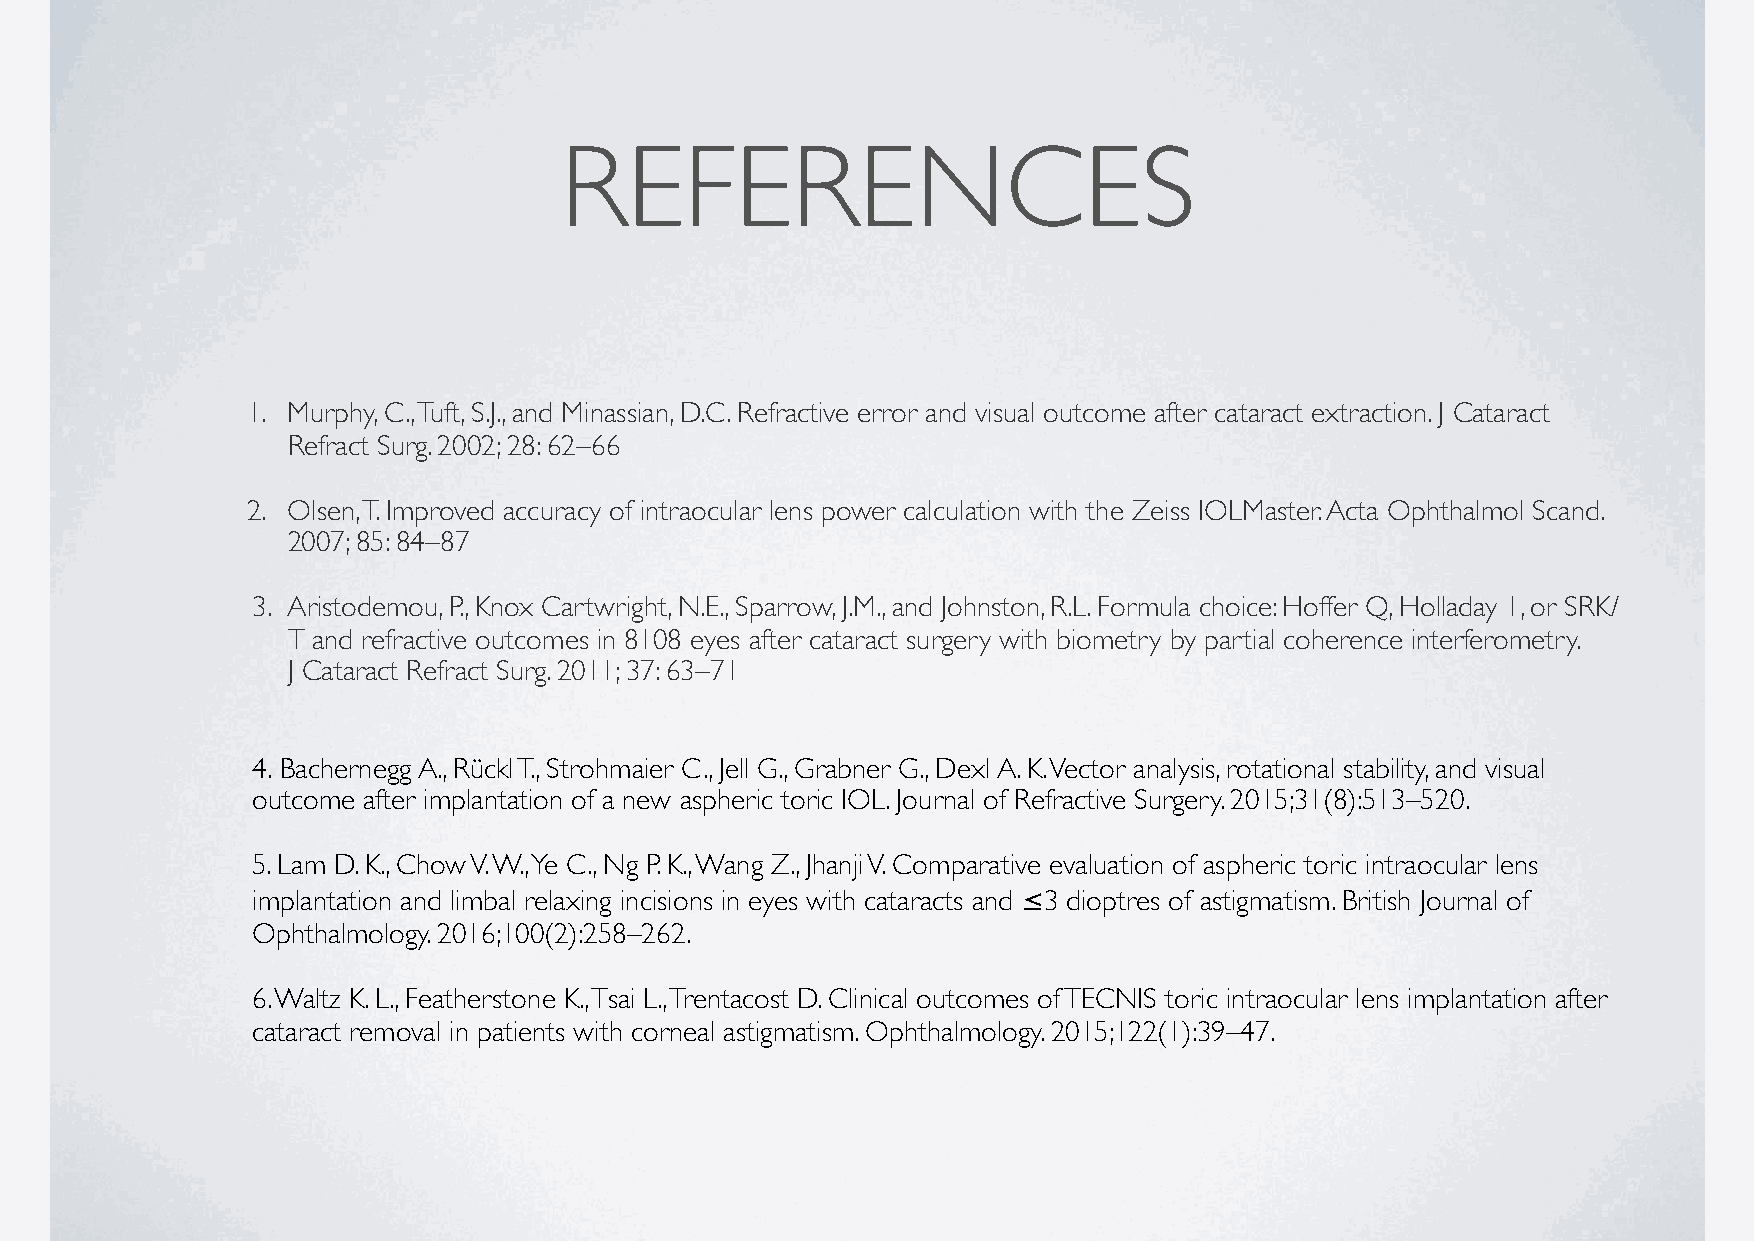
REFERENCES
 1. Murphy, C., Tuft, S.J., and Minassian, D.C. Refractive error and visual outcome after cataract extraction. J Cataract
 Refract Surg. 2002; 28: 62–66
 2. Olsen, T. Improved accuracy of intraocular lens power calculation with the Zeiss IOLMaster. Acta Ophthalmol Scand.
 2007; 85: 84–87
 3. Aristodemou, P., Knox Cartwright, N.E., Sparrow, J.M., and Johnston, R.L. Formula choice: Hoffer Q, Holladay 1, or SRK/
 T and refractive outcomes in 8108 eyes after cataract surgery with biometry by partial coherence interferometry.
 J Cataract Refract Surg. 2011; 37: 63–71
 4. Bachernegg A., Rückl T., Strohmaier C., Jell G., Grabner G., Dexl A. K. Vector analysis, rotational stability, and visual
 outcome after implantation of a new aspheric toric IOL. Journal of Refractive Surgery. 2015;31(8):513–520.
 5. Lam D. K., Chow V. W., Ye C., Ng P. K., Wang Z., Jhanji V. Comparative evaluation of aspheric toric intraocular lens
 implantation and limbal relaxing incisions in eyes with cataracts and ≤3 dioptres of astigmatism. British Journal of
 Ophthalmology. 2016;100(2):258–262.
 6. Waltz K. L., Featherstone K., Tsai L., Trentacost D. Clinical outcomes of TECNIS toric intraocular lens implantation after
 cataract removal in patients with corneal astigmatism. Ophthalmology. 2015;122(1):39–47.